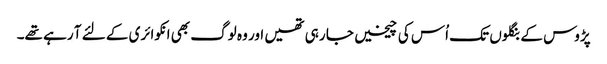
پڑوس کے بنگلوں تک اُس کی چیخیں جا رہی تھیں اور وہ لوگ بھی انکوائری کے لئے آ رہے تھے۔